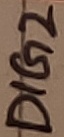
Text: DIG 2